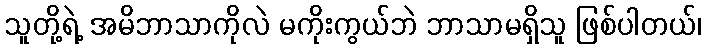
သူတို့ရဲ့ အမိဘာသာကိုလဲ မကိုးကွယ်ဘဲ ဘာသာမရှိသူ ဖြစ်ပါတယ်၊